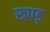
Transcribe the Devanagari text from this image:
रूपड़